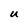
Character: U